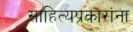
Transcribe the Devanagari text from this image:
साहित्यप्रकारांना